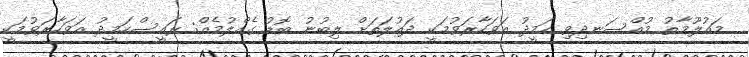
މައުލޫމާތު މުއްސަނދިވި ހަމީދު އަވަހާރަވުމަކީ ދައުލަތަށް ލިބުނު ބޮޑު ގެއްލުމެއް: ރައީސްހަމީދު އަވަހާރަވުމަކީ